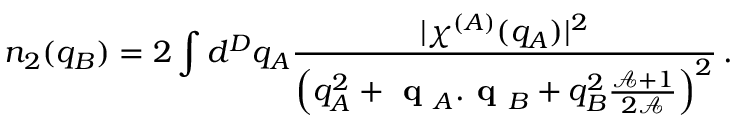
n _ { 2 } ( q _ { B } ) = 2 \int d ^ { D } q _ { A } \frac { \lvert \chi ^ { ( A ) } ( q _ { A } ) \rvert ^ { 2 } } { \left( q _ { A } ^ { 2 } + \textbf { q } _ { A } . \textbf { q } _ { B } + q _ { B } ^ { 2 } \frac { \mathcal { A } + 1 } { 2 \mathcal { A } } \right) ^ { 2 } } \, .